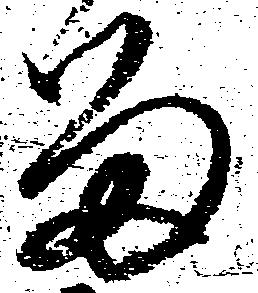
留